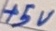
Text: +5V